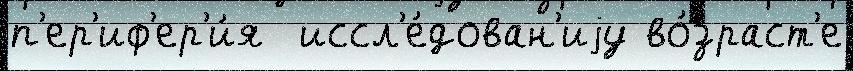
п'ер'иф'ер'и́я  иссл'е́дован'иjу во́зраст'е